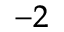
^ { - 2 }